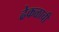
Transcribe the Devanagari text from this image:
ढेकळाची